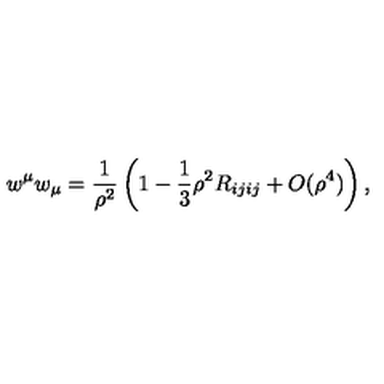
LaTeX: w ^ { \mu } w _ { \mu } = { \frac { 1 } { \rho ^ { 2 } } } \left( 1 - \frac 1 3 \rho ^ { 2 } R _ { i j i j } + O ( \rho ^ { 4 } ) \right) ,